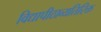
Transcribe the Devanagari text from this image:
विद्यापीठाव्यतिरिक्त